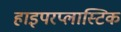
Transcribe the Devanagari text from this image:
हाइपरप्लास्टिक